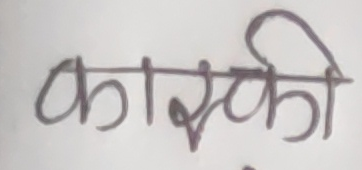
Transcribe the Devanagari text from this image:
कास्की